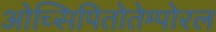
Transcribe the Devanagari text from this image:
ओच्सिपितोतेम्पोरल